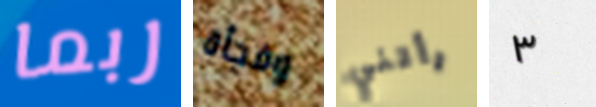
ربما وفجأة رأتني ٣